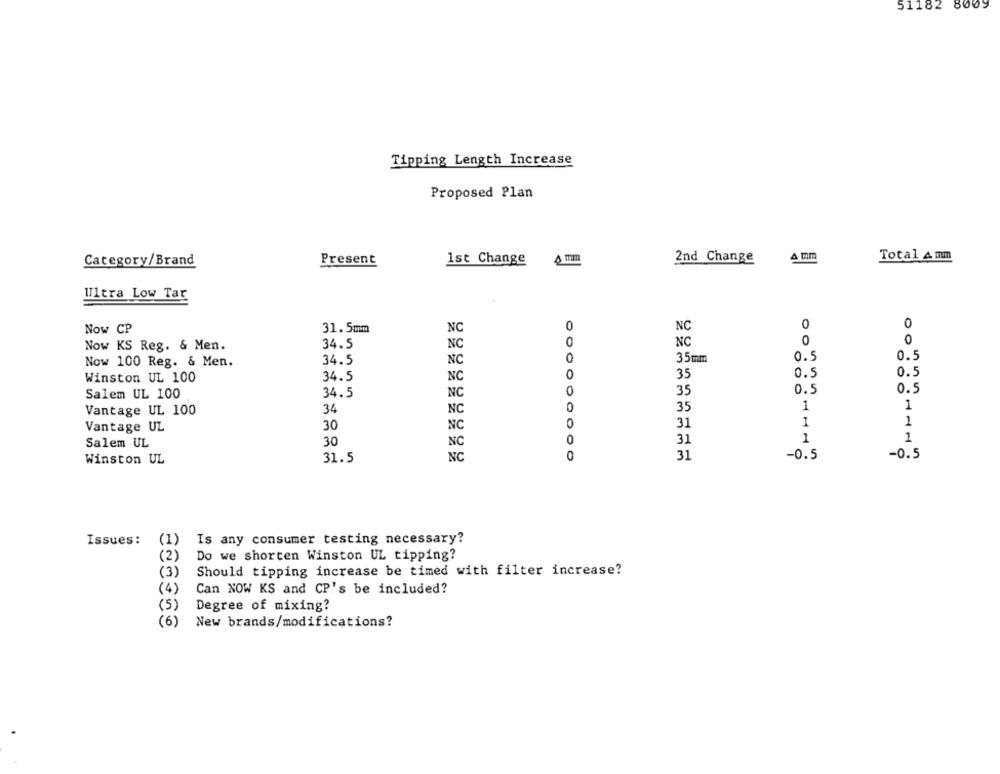
51182 8009
Tipping Length Increase
Proposed Plan
Category/Brand
Present
1st Change
2nd Change
Total 4 mm
Ultra Low Tar
0
0
Now CP
31. 5mm
NC
0
NC
0
0
Now KS Reg. & Men.
34.5
NC
0
NC
0.5
0.5
Now 100 Reg. & Men.
34.5
NC
0
35mm
0.5
Winston UL 100
34.5
NC
0
35
0.5
Salem UL 100
34.5
NC
35
0.5
0.5
34
NC
35
1
1
Vantage UL 100
Vantage UL
30
NC
0
31
1
1
30
0
31
1
1
Salem UL
NC
NC
0
31
-0.5
-0.5
Winston UL
31.5
Issues :
(1)
Is any consumer testing necessary?
Do we shorten Winston UL tipping?
Should tipping increase be timed with filter increase?
(3)
(4)
Can NOW KS and CP's be included?
( 5)
Degree of mixing?
(6)
New brands/modifications?